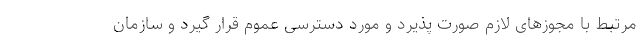
مرتبط با مجوزهای لازم صورت پذیرد و مورد دسترسی عموم قرار گیرد و سازمان